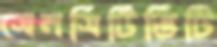
সেনসিটিভিটি